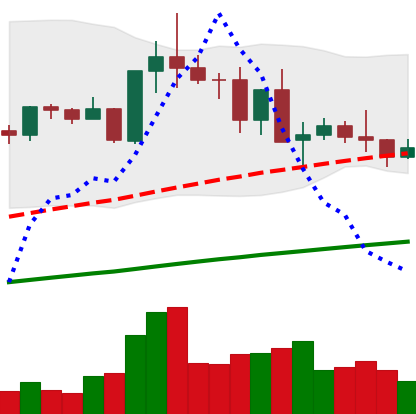
Ticker: TRX-USD
Chart end date: 2021-05-18
Forward return: -45.714%
Label: down_7plus